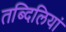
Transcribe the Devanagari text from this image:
तब्दिलियां